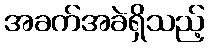
အခက်အခဲရှိသည့်